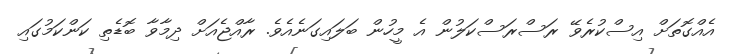
އެއްގޮތަށް އިސްކުރެވޭ ރަސްރަސްކަލުން އެ މީހުން ބަލައިގަނެއެވެ. ރާއްޖެއަށް ދިމާވާ ބޮޑެތި ކަންކަމުގައި